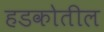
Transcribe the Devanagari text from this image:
हडकोतील